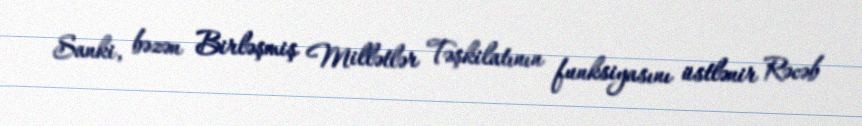
Sanki, bəzən Birləşmiş Millətlər Təşkilatının funksiyasını üstlənir Rəcəb